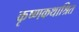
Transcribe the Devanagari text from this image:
कृष्णकथाश्रित